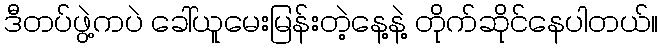
ဒီတပ်ဖွဲ့ကပဲ ခေါ်ယူမေးမြန်းတဲ့နေ့နဲ့ တိုက်ဆိုင်နေပါတယ်။